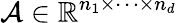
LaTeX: \mathcal{A}\in\mathbb{R}^{n_{1}\times\cdots\times n_{d}}